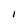
Character: I